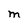
Character: M